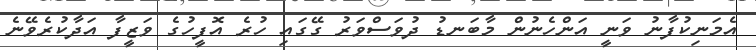
އެމަނިކުފާނު ވަނީ އަންހެނުން މާބަނޑު ދުވަސްވަރު ގޭގައި ހުރެ އޮފީހުގެ ވަޒީފާ އަދާކުރެވޭނެ